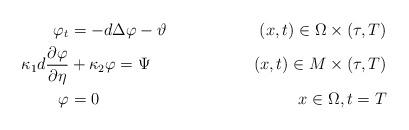
LaTeX: \begin{align*}\varphi_t &=- d\Delta \varphi-\vartheta & (x,t)\in \Omega\times (\tau,T)\\ \kappa_1d\frac{\partial \varphi}{\partial \eta}&+\kappa_2\varphi=\Psi & (x,t)\in M\times (\tau,T)\\\varphi&=0 &x\in\Omega ,t=T\end{align*}